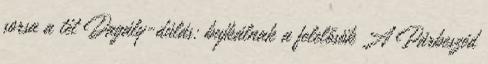
sorsa a tét Dagály-dúlás: bujkálnak a felelősök A Párbeszéd